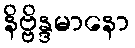
နိဗ္ဗိန္ဒမာနော